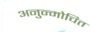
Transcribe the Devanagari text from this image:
अनुन्मोचित